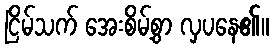
ငြိမ်သက် အေးစိမ့်စွာ လှပနေ၏။